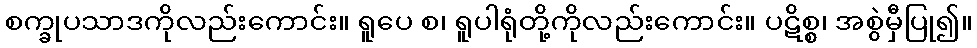
စက္ခုပသာဒကိုလည်းကောင်း။ ရူပေ စ၊ ရူပါရုံတို့ကိုလည်းကောင်း။ ပဋိစ္စ၊ အစွဲမှီပြု၍။